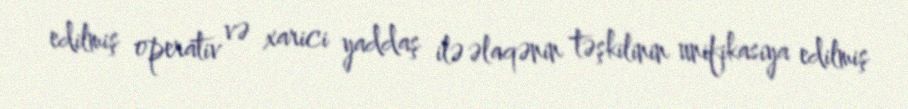
edilmiş operativ və xarici yaddaş ilə əlaqənin təşkilinin unifikasiya edilmiş